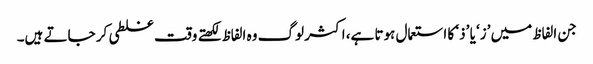
جن الفاظ میں ’ز‘ یا ’ذ‘ کا استعمال ہوتا ہے، اکثر لوگ وہ الفاظ لکھتے وقت غلطی کر جاتے ہیں۔